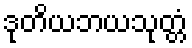
ဒုတိယဘယသုတ္တံ